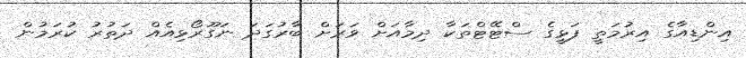
އިންޑިއާގެ އިރުމަތީ ފަޅީގެ ސްޓޭޓްތަކާ ދިމާއަށް ވަރަށް ބާރުގަދަ ނަގޫރޯޅިއެއް ދަތުރު ކުރަމުން